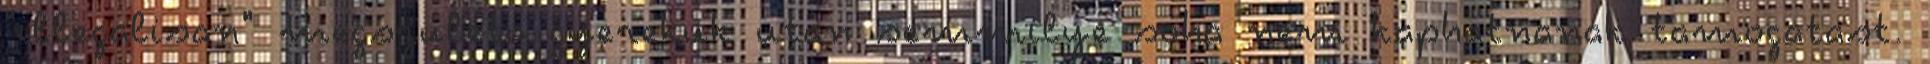
"illegalisan" megszuleto gyerekuk utan semmilye soha nem kaphatnanak tamogatast.